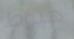
هبوط